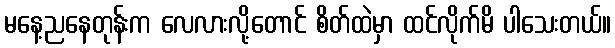
မနေ့ညနေတုန်းက လေလားလို့တောင် စိတ်ထဲမှာ ထင်လိုက်မိ ပါသေးတယ်။